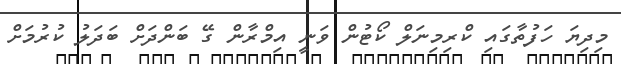
މިދިޔަ ހަފުތާގައި ކްރިމިނަލް ކޯޓުން ވަނީ އިމްރާން ގޭ ބަންދަށް ބަދަލު ކުރުމަށް